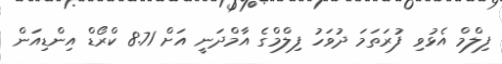
ފިލްމް އެޅުވި ފުރަތަމަ ދުވަހު ފިލްމްގެ އާމްދަނީ އަށް 8.71 ކްރޯޑް އިންޑިއަން